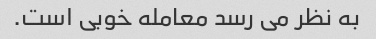
به نظر می رسد معامله خوبی است.